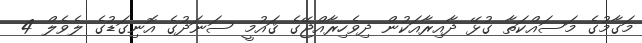
މަގާމުގެ މަސައްކަތާ ގުޅޭ ދާއިރާއަކުން ދިވެހިރާއްޖޭގެ ޤައުމީ ސަނަދުގެ އޮނިގަޑުގެ ލެވެލް 4